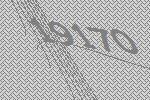
19170